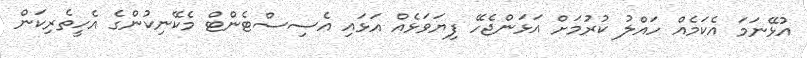
އުޅޭނަމަ އެކަމެއް ހައްލު ކުރުމަށް އަޅަންޖެހޭ ފިޔަވަޅެއް އަޅައި އެސިސްޓެންޓް މެކޭނިކުންގެ އެހީތެރިކަން